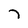
Character: 7